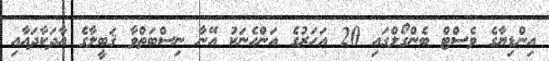
އިންޑިޔާގެ ވެސްޓް ބެންގޯލްގައި 20 އަހަރުގެ އަންހެނަކު އޭނާ ނިސްބަތްވާ ޤަބީލާގެ އާދަކާދައާއި